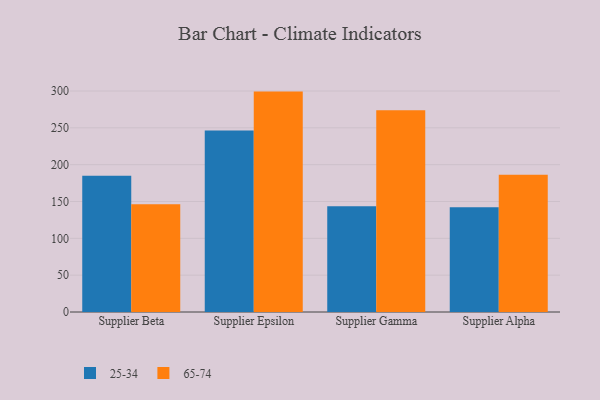
{"axis": {"x": "Supplier", "y": "Production Output"}, "legend": ["25-34", "65-74"], "data": [{"x": "Supplier Beta", "y": 185.0, "type": "25-34"}, {"x": "Supplier Beta", "y": 146.2, "type": "65-74"}, {"x": "Supplier Epsilon", "y": 246.5, "type": "25-34"}, {"x": "Supplier Epsilon", "y": 299.2, "type": "65-74"}, {"x": "Supplier Gamma", "y": 143.4, "type": "25-34"}, {"x": "Supplier Gamma", "y": 273.8, "type": "65-74"}, {"x": "Supplier Alpha", "y": 142.2, "type": "25-34"}, {"x": "Supplier Alpha", "y": 186.4, "type": "65-74"}]}